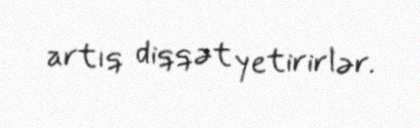
artıq diqqət yetirirlər.